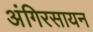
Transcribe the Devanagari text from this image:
अंगिरसायन